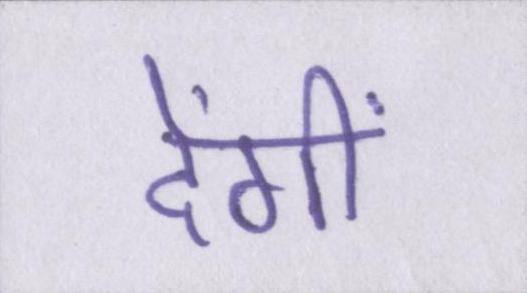
देंगीं